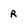
Character: R